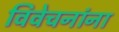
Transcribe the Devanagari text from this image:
विवेचनांना